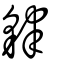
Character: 貄